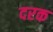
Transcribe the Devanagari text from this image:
दरक